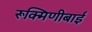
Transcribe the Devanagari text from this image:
रूक्मिणीबाई